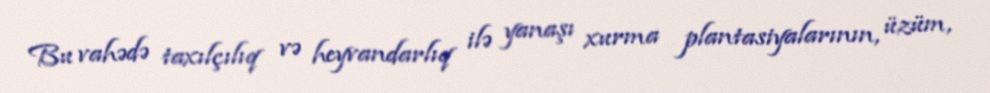
Bu vahədə taxılçılıq və heyvandarlıq ilə yanaşı xurma plantasiyalarının, üzüm,